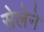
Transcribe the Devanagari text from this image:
सेलेने